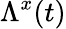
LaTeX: \Lambda^{x}(t)